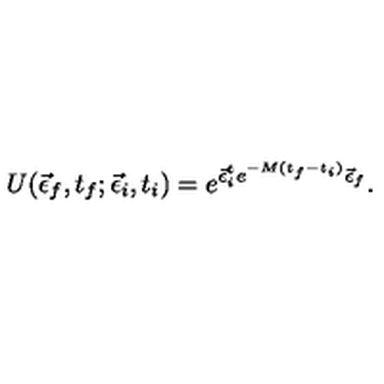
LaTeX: U ( \vec { \epsilon } _ { f } , t _ { f } ; \vec { \epsilon } _ { i } , t _ { i } ) = e ^ { \vec { \epsilon } _ { i } ^ { t } e ^ { - M ( t _ { f } - t _ { i } ) } \vec { \epsilon } _ { f } } .